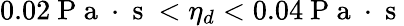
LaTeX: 0.02\mathrm{~P~a~}\cdot\mathrm{~s~}<{{\eta}_{d}}<0.04\mathrm{~P~a~}\cdot\mathrm{~s~}